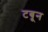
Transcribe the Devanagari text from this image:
टबून